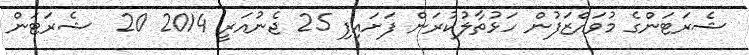
ޝެރަޓަންގެ މުވައްޒަފުން ހަޅުތާލުކުރަން ފަށައިފި 25 ޖެނުއަރީ 2014 20  ޝެރަޓަން